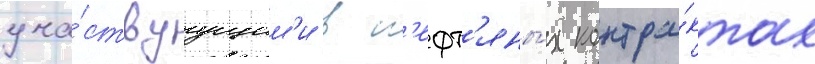
уча́ствуущим'и в н'ефт'яны́х контра́ктах